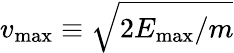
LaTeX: v_{\textrm{max}}\equiv\sqrt{2E_{\textrm{max}}/m}